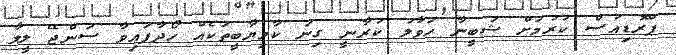
ޕްރޮޑިއުސް ކުރުމަށް ޝަބީނާ ހަވާލު ކުރާނީ ގިނަ ކާމިޔާބީތަކެއް ހޯދާފައިވާ ސަންޖޭ ލީލާ